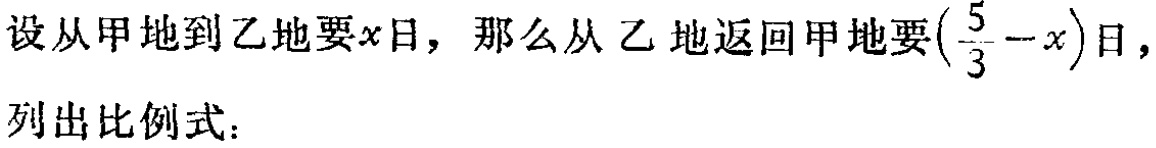
设从甲地到乙地要\(x\)日，那么从乙地返回甲地要\((\frac{5}{3}-x)\)日，

列出比例式：